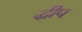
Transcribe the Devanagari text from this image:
द्धीप